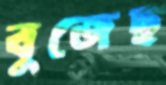
বুজেছ